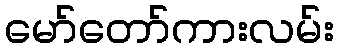
မော်တော်ကားလမ်း